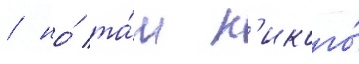
/ но́ та́м н'икого́